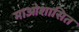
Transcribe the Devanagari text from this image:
माओशासित